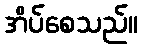
အိပ်စေသည်။